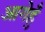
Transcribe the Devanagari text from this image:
आगेहुँ